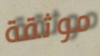
موثقة